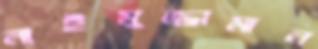
নাইমুজ্জামান